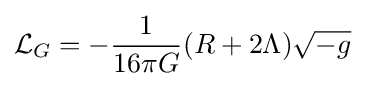
{\mathcal {L}}_{G}=-{\frac {1}{16\pi G}}(R+2\Lambda ){\sqrt {-g}}